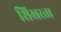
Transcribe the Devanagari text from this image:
शिखरता